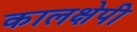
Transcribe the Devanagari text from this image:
कालक्षेपी